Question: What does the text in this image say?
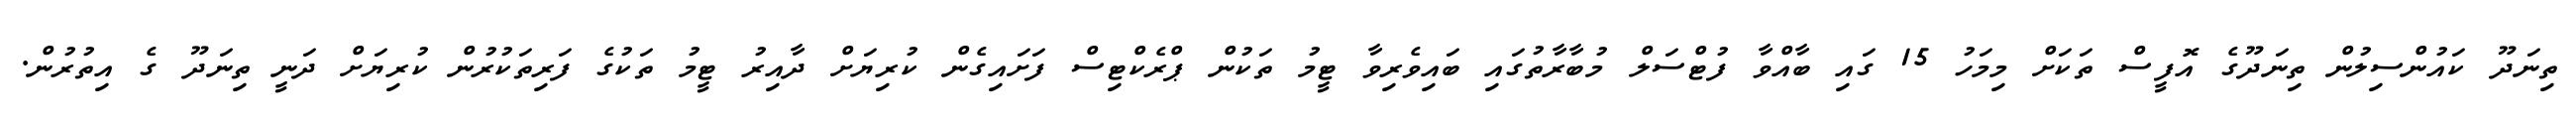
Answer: ތިނަދޫ ކައުންސިލުން ތިނަދޫގެ އޮފީސް ތަކަށް މިމަހު 15 ގައި ބާއްވާ ފުޓްސަލް މުބާރާތުގައި ބައިވެރިވާ ޓީމު ތަކުން ޕްރެކްޓިސް ފަށައިގެން ކުރިޔަށް ދާއިރު ޓީމު ތަކުގެ ފަރިތަކުރުން ކުރިޔަށް ދަނީ ތިނަދޫ ގެ އިތުރުން.